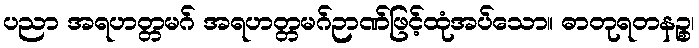
ပညာ အရဟတ္တမဂ် အရဟတ္တမဂ်ဉာဏ်ဖြင့်ထုံအပ်သော။ ဓာတုရတနဉ္စ၊